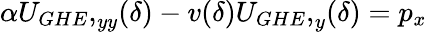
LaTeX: \begin{array}{r}{\alpha{U_{GHE},}_{yy}(\delta)-v(\delta){U_{GHE},}_{y}(\delta)=p_{x}}\end{array}